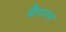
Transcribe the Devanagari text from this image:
मैगनन